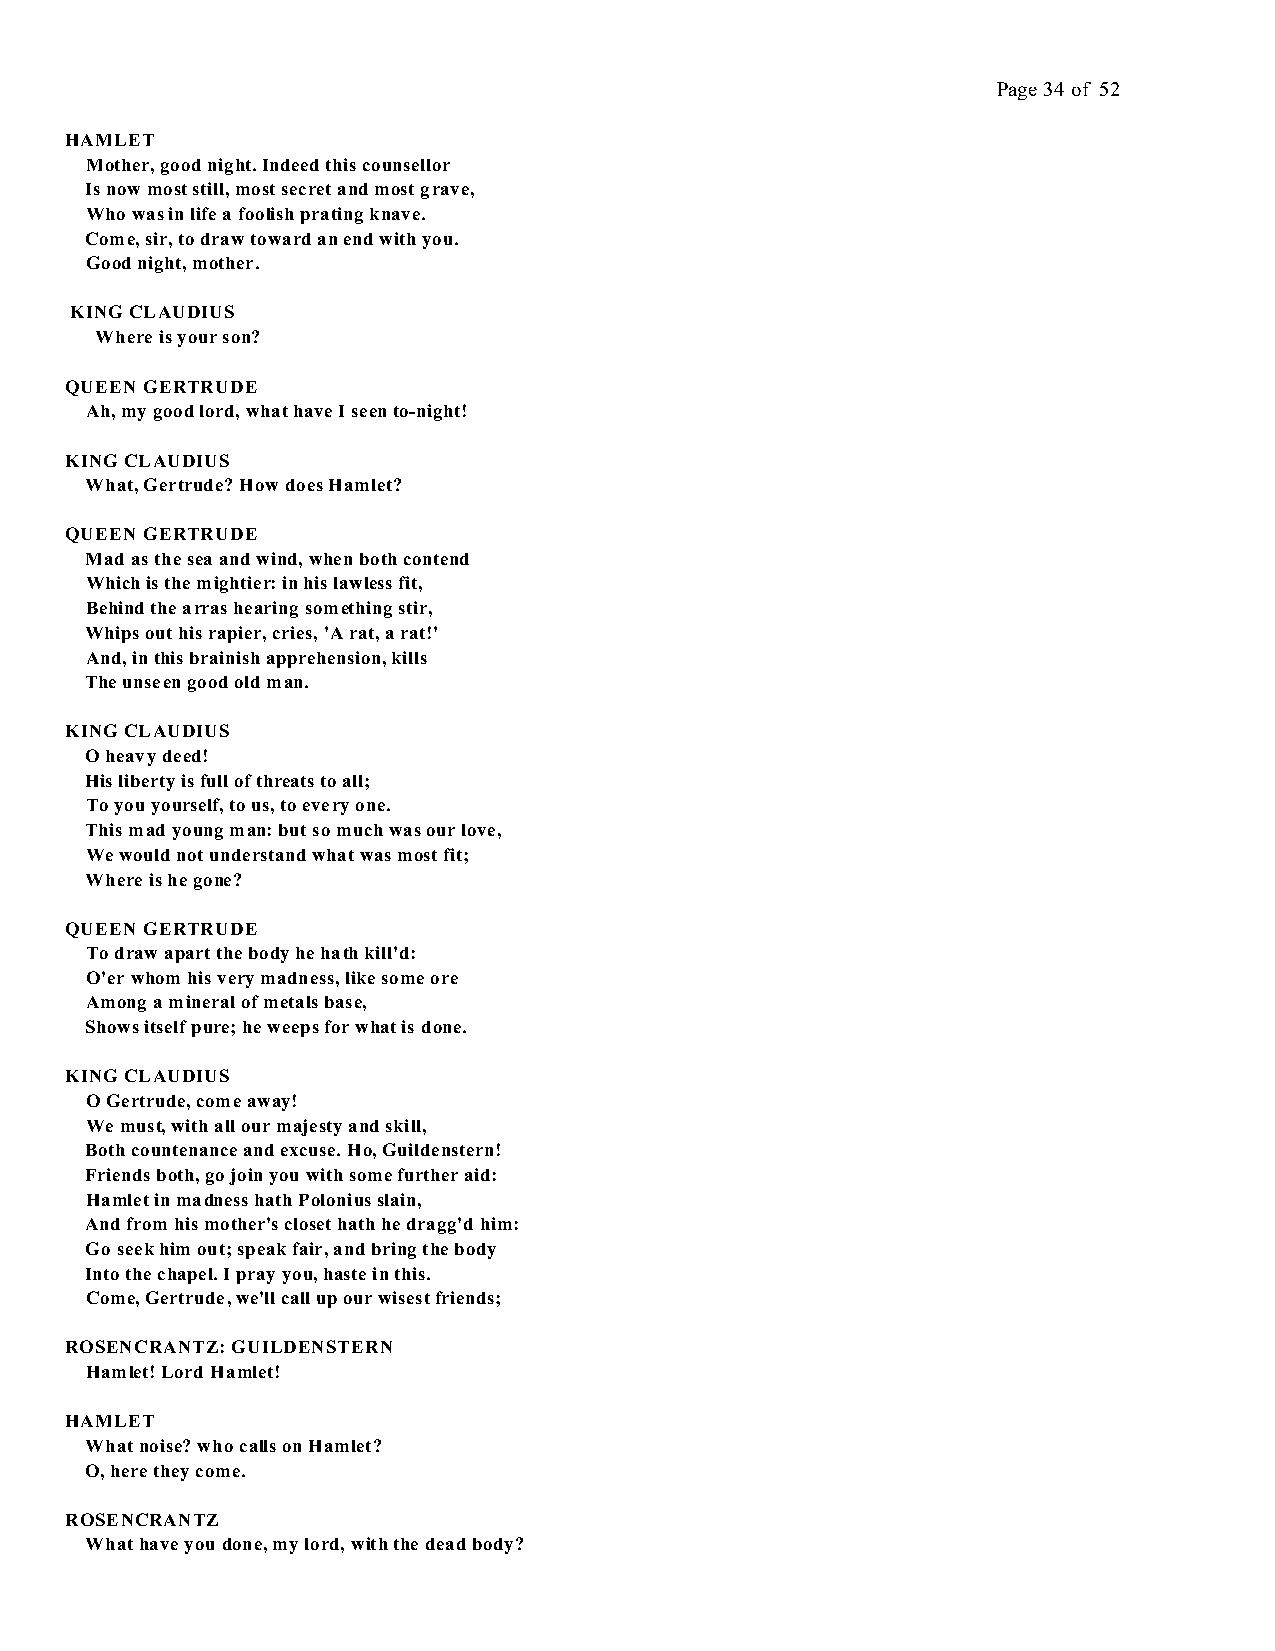
Page 34 of 52
 HAMLET
 Mother, good night. Indeed this counsellor
 Is now most still, most secret and most grave,
 Who was in life a foolish prating knave.
 Come, sir, to draw toward an end with you.
 Good night, mother.
 KING CLAUDIUS
 Where is your son?
 QUEEN GERTRUDE
 Ah, my good lord, what have I seen to-night!
 KING CLAUDIUS
 What, Gertrude? How does Hamlet?
 QUEEN GERTRUDE
 Mad as the sea and wind, when both contend
 Which is the mightier: in his lawless fit,
 Behind the arras hearing something stir,
 Whips out his rapier, cries, 'A rat, a rat!'
 And, in this brainish apprehension, kills
 The unseen good old man.
 KING CLAUDIUS
 O heavy deed!
 His liberty is full of threats to all;
 To you yourself, to us, to every one.
 This mad young man: but so much was our love,
 We would not understand what was most fit;
 Where is he gone?
 QUEEN GERTRUDE
 To draw apart the body he hath kill'd:
 O'er whom his very madness, like some ore
 Among a mineral of metals base,
 Shows itself pure; he weeps for what is done.
 KING CLAUDIUS
 O Gertrude, come away!
 We must, with all our majesty and skill,
 Both countenance and excuse. Ho, Guildenstern!
 Friends both, go join you with some further aid:
 Hamlet in madness hath Polonius slain,
 And from his mother's closet hath he dragg'd him:
 Go seek him out; speak fair, and bring the body
 Into the chapel. I pray you, haste in this.
 Come, Gertrude, we'll call up our wisest friends;
 ROSENCRANTZ: GUILDENSTERN
 Hamlet! Lord Hamlet!
 HAMLET
 What noise? who calls on Hamlet?
 O, here they come.
 ROSENCRANTZ
 What have you done, my lord, with the dead body?